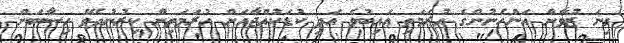
ގިނަ ޒުވާން އަންހެނުންގެ އުރަމަތި ޢައިބުވެ އަދި ކުޑަކުއްޖާއަށް އުރަމަތިން ކިރުނުދެވޭ ހިސާބަށް